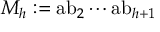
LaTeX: M _ { h } : = { \mathrm { a b } } _ { 2 } \cdots { \mathrm { a b } } _ { h + 1 }